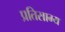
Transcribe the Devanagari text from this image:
प्रतिसाम्य